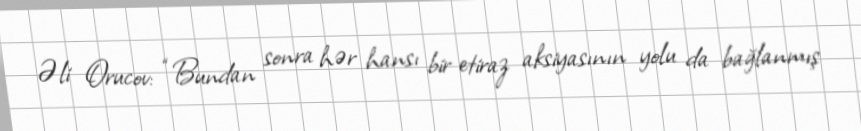
Əli Orucov: “Bundan sonra hər hansı bir etiraz aksiyasının yolu da bağlanmış